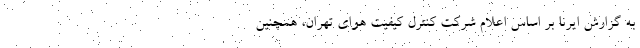
به گزارش ایرنا بر اساس اعلام شرکت کنترل کیفیت هوای تهران، همچنین